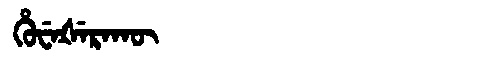
Manchu: ᡥᡠᠸᡝᡧᡝᡵᠠᡴᡡ
Romanization: HUWEŠERAKŪ